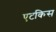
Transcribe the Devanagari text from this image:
एटकिस